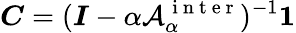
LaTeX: \boldsymbol{C}=(\boldsymbol{I}-\alpha\mathcal{A}_{\alpha}^{\mathrm{~i~n~t~e~r~}})^{-1}{\mathbf 1}